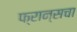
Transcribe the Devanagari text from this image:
फ्रान्‍सचा